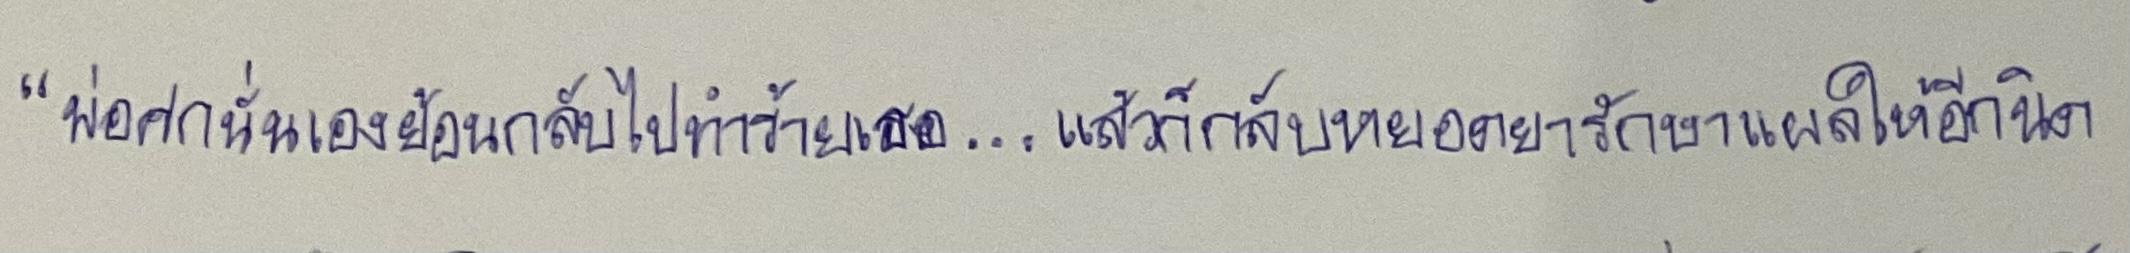
"พ่อศกนั่นเองย้อนกลับไปทำร้ายเธอ...แล้วก็กลับหยอดยารักษาแผลให้อีกนิด